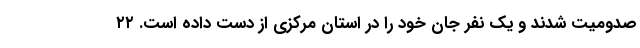
صدومیت شدند و یک نفر جان خود را در استان مرکزی از دست داده است. ٢٢